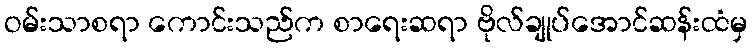
ဝမ်းသာစရာ ကောင်းသည်က စာရေးဆရာ ဗိုလ်ချုပ်အောင်ဆန်းထံမှ